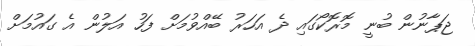
ޖަޕާނުން ބުނީ މޮރޮކޯގައި ދެ އަހަރު ބޭއްވުމަށް ފަހު އަލުން އެ ގައުމަށް